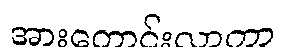
အားကောင်းလာကာ